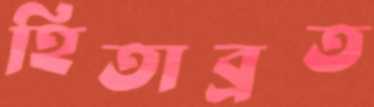
হিতাব্রত